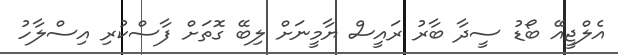
އެލްޖީއޭ ބޯޑު ސީދާ ބާރު ރައީސް ޔާމީނަށް ލިބޭ ގޮތަށް ފާސްކުރި އިސްލާހު